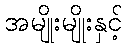
အမျိုးမျိုးနှင့်